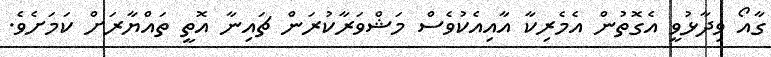
ގާއޯ ވިދާޅުވީ އެގޮތުން އެމެރިކާ އާއިއެކުވެސް މަޝްވަރާކުރަން ޗައިނާ އޮތީ ތައްޔާރަށް ކަމަށެވެ.